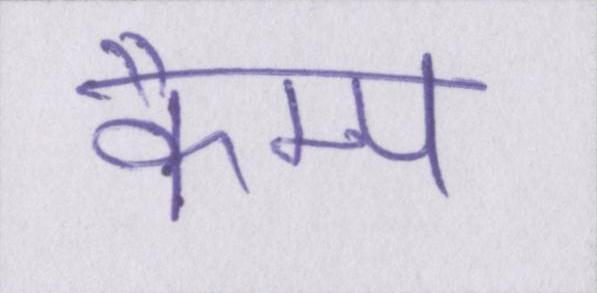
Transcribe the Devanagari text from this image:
कैम्प